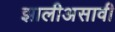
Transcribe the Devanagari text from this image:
झालीअसावी